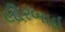
લીરબાઇ